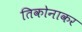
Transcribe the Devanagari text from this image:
तिकोनाकर